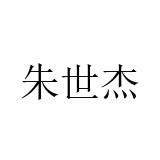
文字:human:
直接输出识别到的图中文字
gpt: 朱世杰